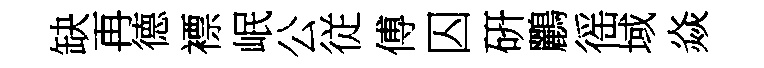
缺再德褾岷公従傅囚硏鸝徭域焱